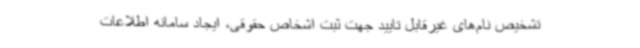
تشخیص نام‌های غیرقابل تایید جهت ثبت اشخاص حقوقی، ایجاد سامانه اطلاعات